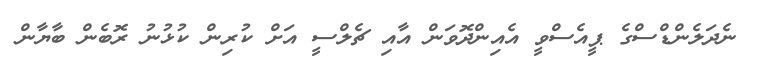
ނެދަލެންޑްސްގެ ޕީއެސްވީ އެއިންދޮވަން އާއި ޗެލްސީ އަށް ކުރިން ކުޅުނު ރޮބެން ބާޔާން